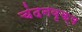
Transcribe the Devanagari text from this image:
चंदनवृक्ष